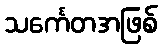
သင်္ကေတအဖြစ်